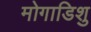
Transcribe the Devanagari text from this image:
मोगाडिशु